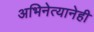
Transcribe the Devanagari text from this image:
अभिनेत्यानेही